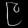
Digit: ၉